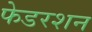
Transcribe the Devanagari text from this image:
फेडरशन